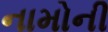
નામોની